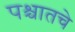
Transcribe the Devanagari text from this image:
पश्चातचे